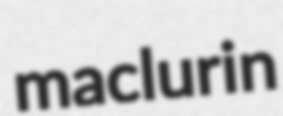
maclurin